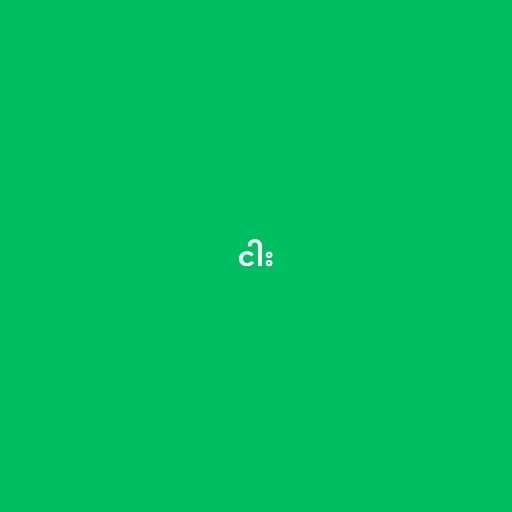
ငါး